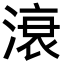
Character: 滖